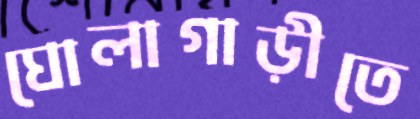
ঘোলাগাড়ীতে